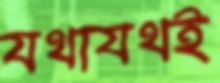
যথাযথই